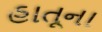
હાતૂના